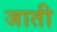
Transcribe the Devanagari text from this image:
जाती